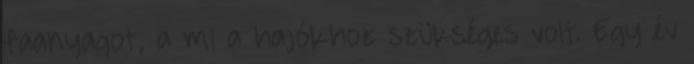
faanyagot», a mi a hajókhoz szükséges volt. Egy év